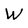
Character: W